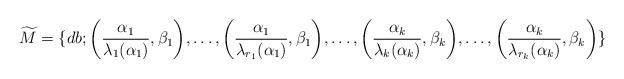
LaTeX: \begin{align*}\widetilde{M} = \{db;\bigg{(} \frac{\alpha_1}{\lambda_1(\alpha_1)}, \beta_1 \bigg{)}, \dots, \bigg{(}\frac{\alpha_1}{\lambda_{r_1}(\alpha_1)}, \beta_1 \bigg{)}, \dots, \bigg{(} \frac{\alpha_k}{\lambda_k(\alpha_k)}, \beta_k \bigg{)}, \dots, \bigg{(}\frac{\alpha_k}{\lambda_{r_k}(\alpha_k)}, \beta_k \bigg{)}\}\end{align*}